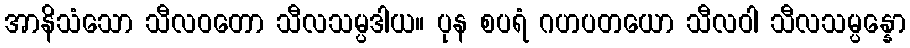
အာနိသံသော သီလဝတော သီလသမ္ပဒါယ။ ပုန စပရံ ဂဟပတယော သီလဝါ သီလသမ္ပန္နော